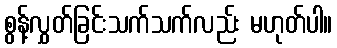
စွန့်လွှတ်ခြင်းသက်သက်လည်း မဟုတ်ပါ။